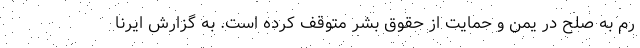
رم به صلح در یمن و حمایت از حقوق بشر متوقف کرده است. به گزارش ایرنا